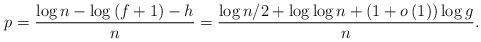
LaTeX: \begin{align*}p=\frac{\log n-\log\left(f+1\right)-h}{n}=\frac{\log n/2+\log\log n+\left(1+o\left(1\right)\right)\log g}{n}.\end{align*}